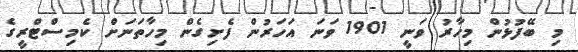
މި ބޭފުޅުން މިހާރު ވަނީ 1901 ވަނަ އަހަރުން ފެށިގެން މިހާތަނަށް ކެމިސްޓްރީގެ